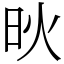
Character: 炚